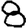
Digit: 8